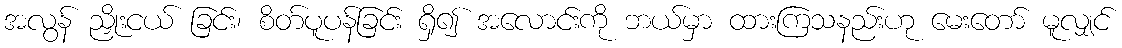
အလွန် ညှိုးငယ် ခြင်း၊ စိတ်ပူပန်ခြင်း ရှိ၍ အလောင်းကို ဘယ်မှာ ထားကြသနည်းဟု မေးတော် မူလျှင်